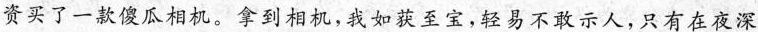
资买了一款傻瓜相机。拿到相机,我如获至宝,轻易不敢示人，只有在夜深